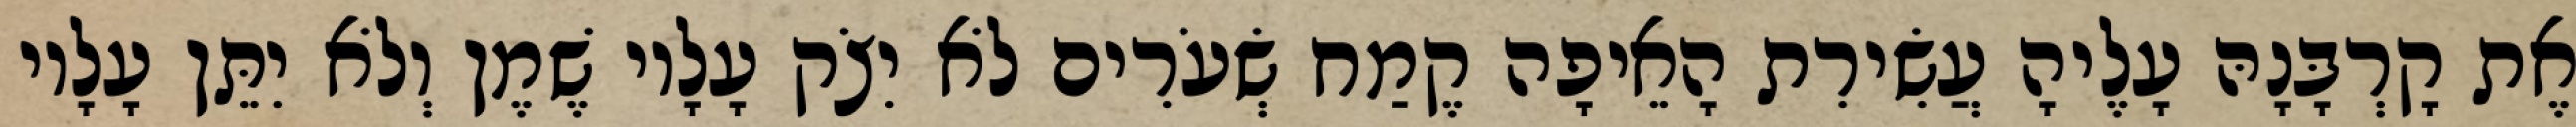
אֶת קָרְבָּנָהּ עָלֶיהָ עֲשִׂירִת הָאֵיפָה קֶמַח שְׂעֹרִים לֹא יִצֹק עָלָיו שֶׁמֶן וְלֹא יִתֵּן עָלָיו